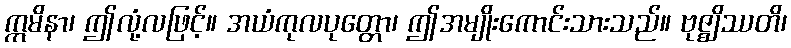
ဣမိနာ၊ ဤလုံ့လဖြင့်။ အယံကုလပုတ္တော၊ ဤအမျိုးကောင်းသားသည်။ ဗုဇ္ဈိဿတိ၊